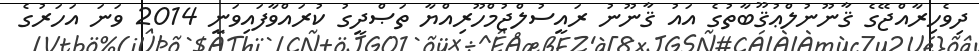
ދިވެހިރާއްޖޭގެ ޤާނޫނުލްޢުޤޫބާތުގެ އައު ޤާނޫނު ރައީސުލްޖުމްހޫރިއްޔާ ތަޞްދީގު ކުރައްވާފައިވަނީ 2014 ވަނަ އަހަރުގެ